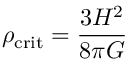
\rho _ { \mathrm { c r i t } } = { \frac { 3 H ^ { 2 } } { 8 \pi G } }